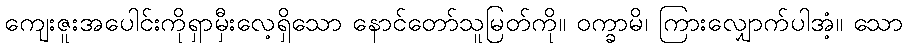
ကျေးဇူးအပေါင်းကိုရှာမှီးလေ့ရှိသော နောင်တော်သူမြတ်ကို။ ဝက္ခာမိ၊ ကြားလျှောက်ပါအံ့။ သော